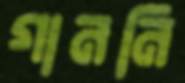
গাননি